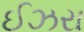
ઈઝરા